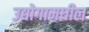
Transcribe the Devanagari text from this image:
उद्योगामधील